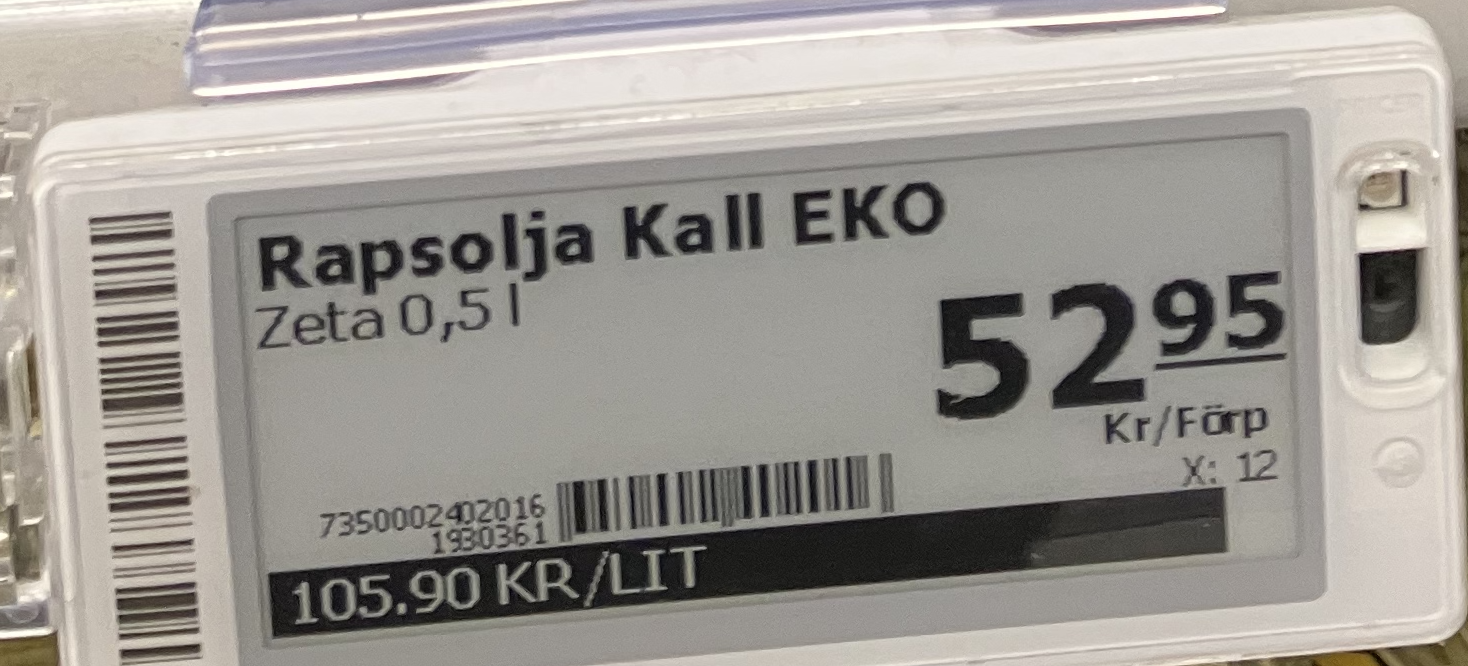
Vara: Rapsolja Kall Eko
Genomsnittspris: 105.9 per L